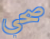
صحي